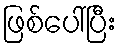
ဖြစ်ပေါ်ပြီး